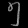
Digit: ၅